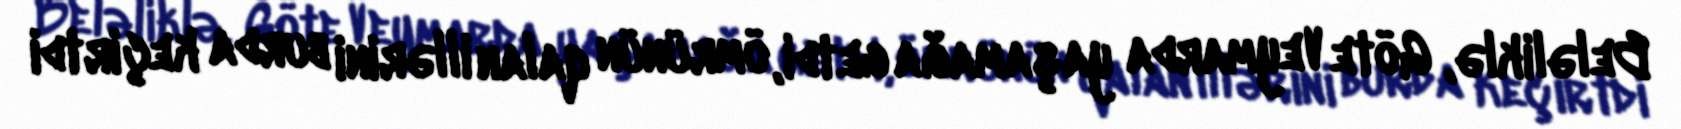
Beləliklə, Göte Veymarda yaşamağa getdi, ömrünün qalan illərini burda keçirtdi